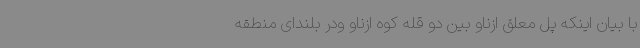
با بیان اینکه پل معلق ازناو بین دو قله کوه ازناو ودر بلندای منطقه